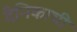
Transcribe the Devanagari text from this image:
दैनिकाची